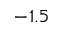
- 1 . 5